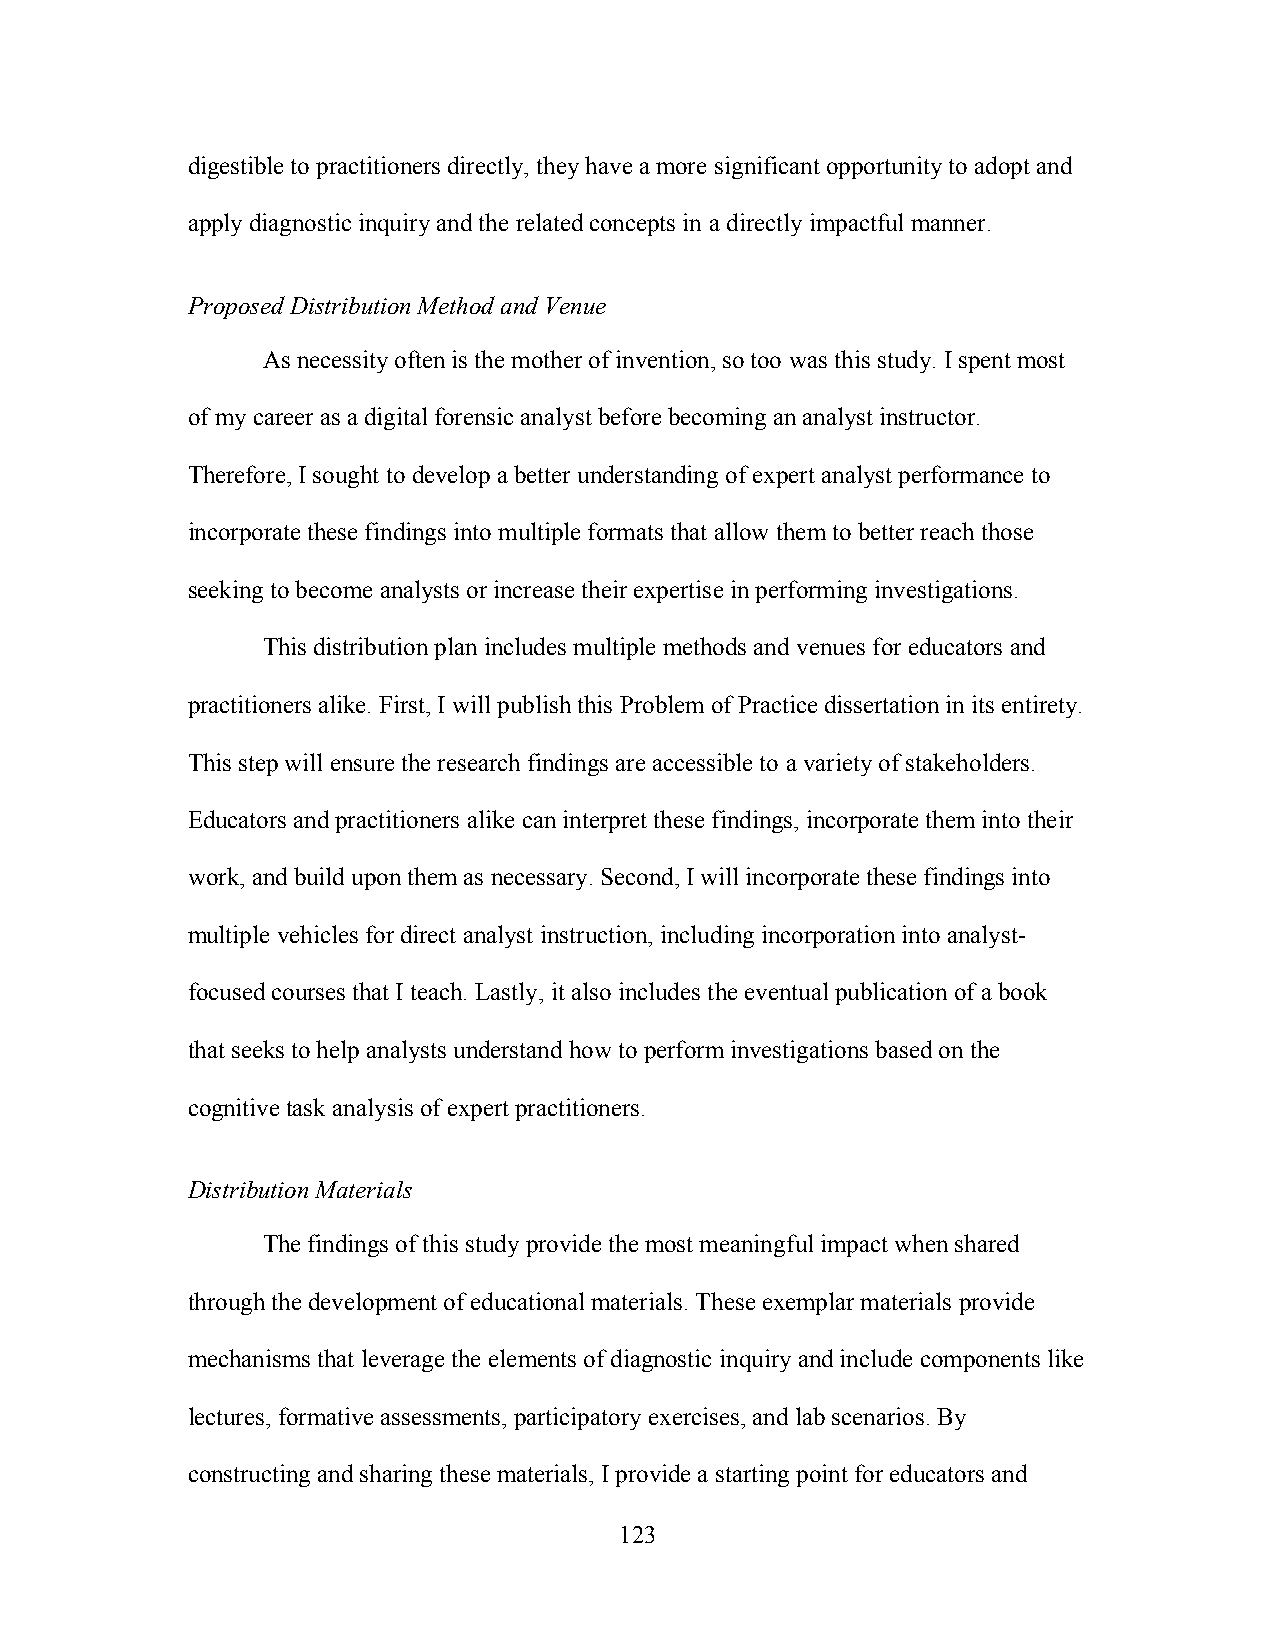
digestible to practitioners directly, they have a more significant opportunity to adopt and
 apply diagnostic inquiry and the related concepts in a directly impactful manner.
 Proposed Distribution Method and Venue
 As necessity often is the mother of invention, so too was this study. I spent most
 of my career as a digital forensic analyst before becoming an analyst instructor.
 Therefore, I sought to develop a better understanding of expert analyst performance to
 incorporate these findings into multiple formats that allow them to better reach those
 seeking to become analysts or increase their expertise in performing investigations.
 This distribution plan includes multiple methods and venues for educators and
 practitioners alike. First, I will publish this Problem of Practice dissertation in its entirety.
 This step will ensure the research findings are accessible to a variety of stakeholders.
 Educators and practitioners alike can interpret these findings, incorporate them into their
 work, and build upon them as necessary. Second, I will incorporate these findings into
 multiple vehicles for direct analyst instruction, including incorporation into analyst-
 focused courses that I teach. Lastly, it also includes the eventual publication of a book
 that seeks to help analysts understand how to perform investigations based on the
 cognitive task analysis of expert practitioners.
 Distribution Materials
 The findings of this study provide the most meaningful impact when shared
 through the development of educational materials. These exemplar materials provide
 mechanisms that leverage the elements of diagnostic inquiry and include components like
 lectures, formative assessments, participatory exercises, and lab scenarios. By
 constructing and sharing these materials, I provide a starting point for educators and
 123